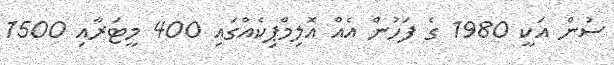
ސުން އަކީ 1980 ގެ ފަހުން އެއް އޮލިމްޕިކެއްގައި 400 މީޓަރާއި 1500